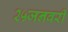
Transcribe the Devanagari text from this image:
२५जनवरी